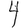
Digit: 4